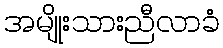
အမျိုးသားညီလာခံ